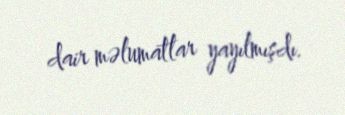
dair məlumatlar yayılmışdı.